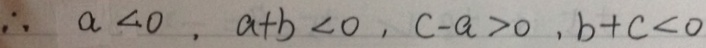
\therefore a < 0 , a + b < 0 , c - a > 0 , b + c < 0